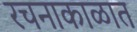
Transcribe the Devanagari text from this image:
रचनाकाळात